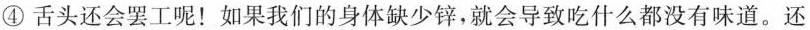
④舌头还会罢工呢！如果我们的身体缺少锌，就会导致吃什么都没有味道。还